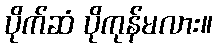
ပိုက်ဆံ ပိုကုန်မလား။